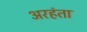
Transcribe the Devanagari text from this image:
अरहंता